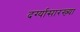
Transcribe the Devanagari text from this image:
दर्ग्यासारख्या